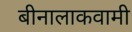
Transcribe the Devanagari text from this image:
बीनालाकवामी